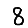
Digit: 8